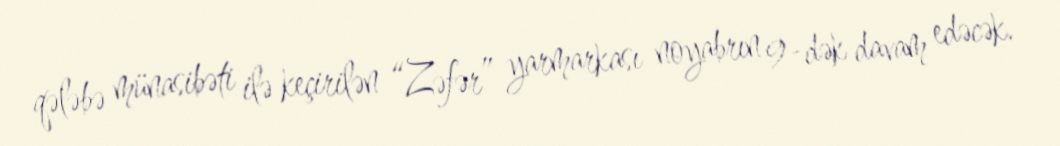
qələbə münasibəti ilə keçirilən “Zəfər” yarmarkası noyabrın 9-dək davam edəcək.